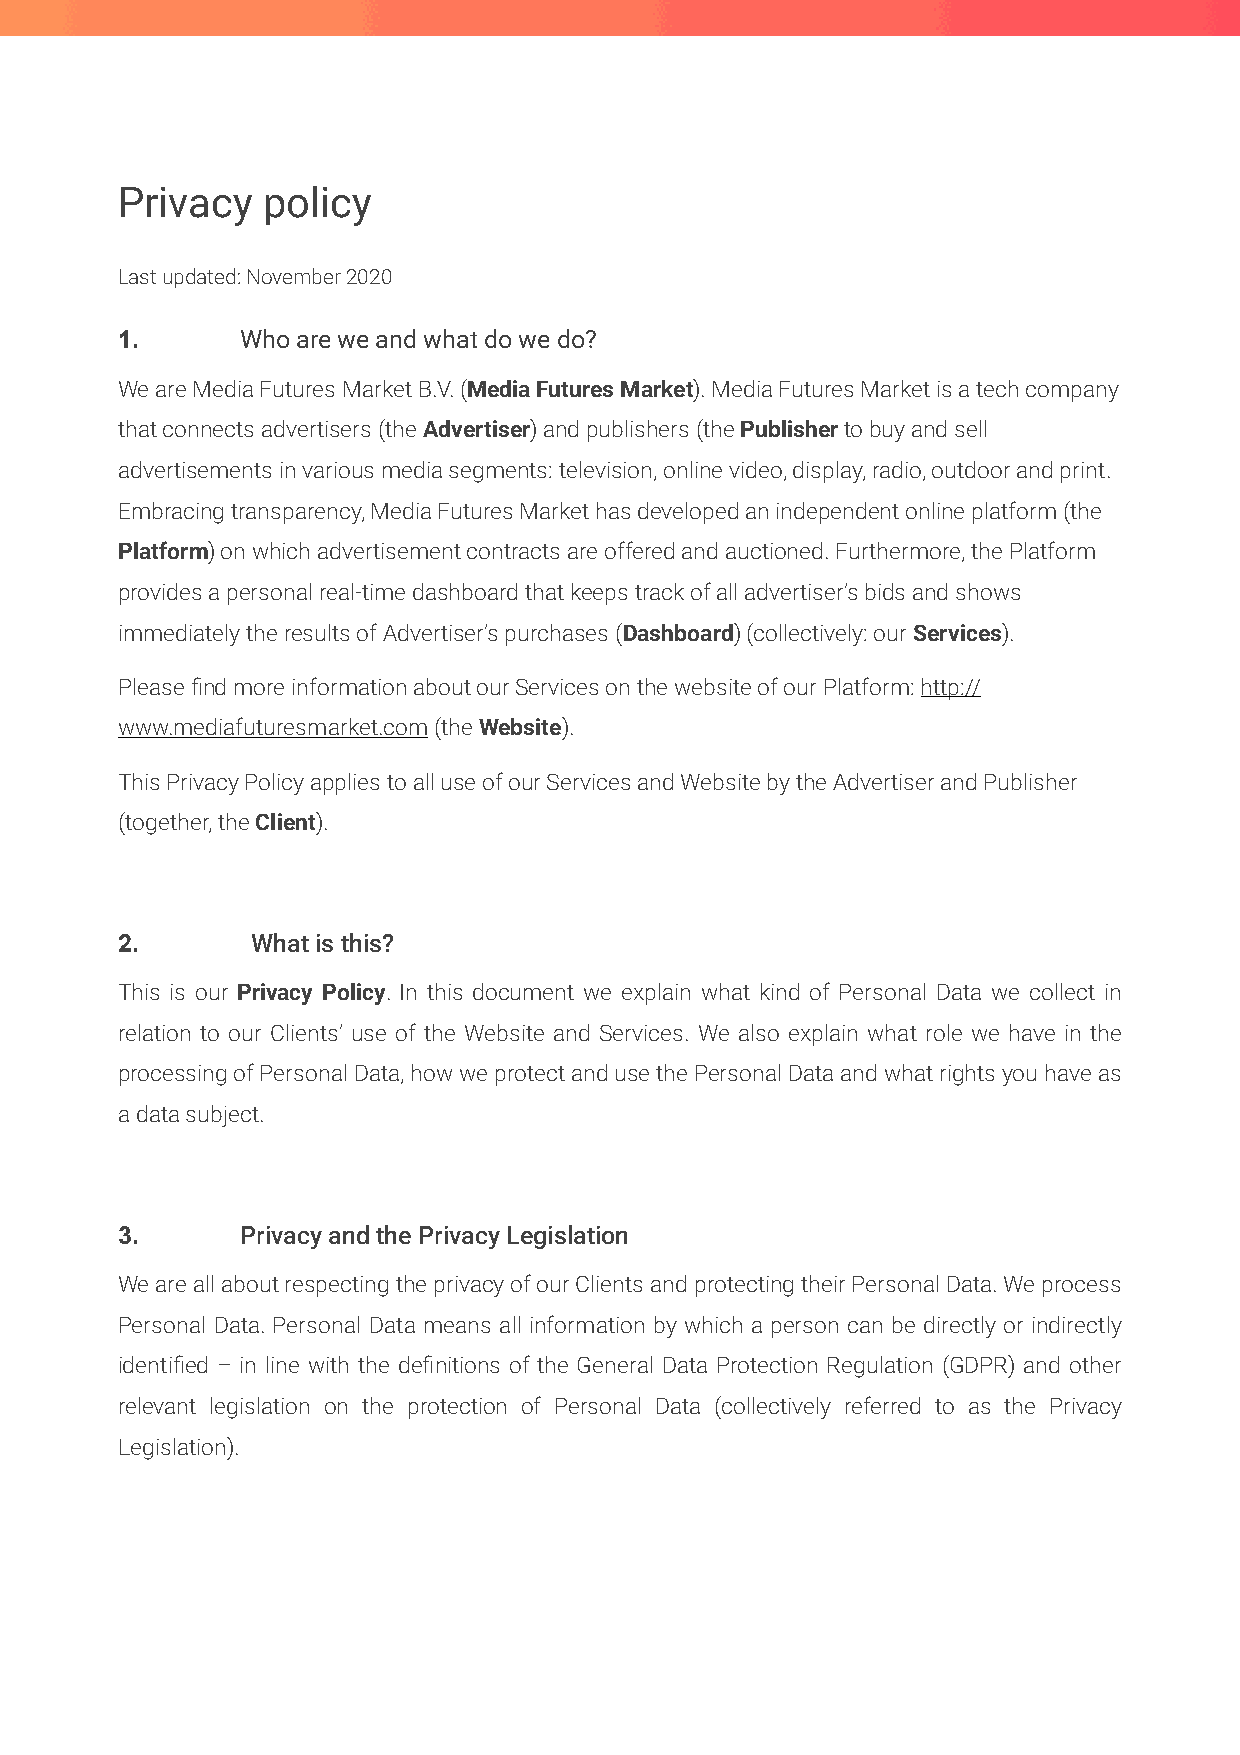
Privacy  policy
 Last updated: November 2020
 1.      Who are we and what do we do?
 We are Media Futures Market B.V. (Media Futures Market). Media Futures Market is a tech company
 that connects advertisers (the Advertiser) and publishers (the Publisher to buy and sell
 advertisements in various media segments: television, online video, display, radio, outdoor and print.
 Embracing transparency, Media Futures Market has developed an independent online platform (the
 Platform) on which advertisement contracts are offered and auctioned. Furthermore, the Platform
 provides a personal real-time dashboard that keeps track of all advertiser’s bids and shows
 immediately the results of Advertiser’s purchases (Dashboard) (collectively: our Services).
 Please find more information about our Services on the website of our Platform: http://
 www.mediafuturesmarket.com (the Website).
 This Privacy Policy applies to all use of our Services and Website by the Advertiser and Publisher
 (together, the Client).
 2.       What is this?
 This is our Privacy Policy. In this document we explain what kind of Personal Data we collect in
 relation to our Clients’ use of the Website and Services. We also explain what role we have in the
 processing of Personal Data, how we protect and use the Personal Data and what rights you have as
 a data subject.
 3.      Privacy and the Privacy Legislation
 We are all about respecting the privacy of our Clients and protecting their Personal Data. We process
 Personal Data. Personal Data means all information by which a person can be directly or indirectly
 identified – in line with the definitions of the General Data Protection Regulation (GDPR) and other
 relevant legislation on the protection of Personal Data (collectively referred to as the Privacy
 Legislation).